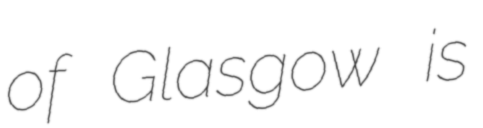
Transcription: of Glasgow is